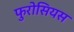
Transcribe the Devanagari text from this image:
फुरोसियस